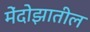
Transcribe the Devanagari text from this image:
मेंदोझातील